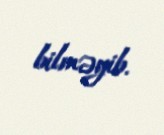
bilməyib.